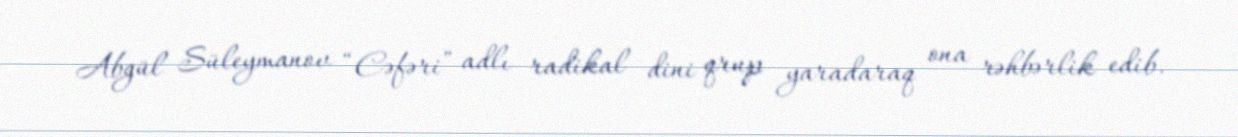
Abgül Süleymanov “Cəfəri” adlı radikal dini qrup yaradaraq ona rəhbərlik edib.